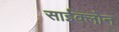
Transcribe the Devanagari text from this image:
साईक्लोन